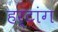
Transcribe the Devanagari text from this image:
हर्टांग